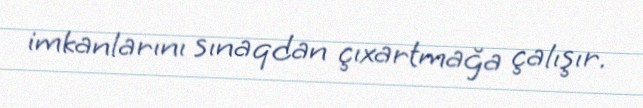
imkanlarını sınaqdan çıxartmağa çalışır.